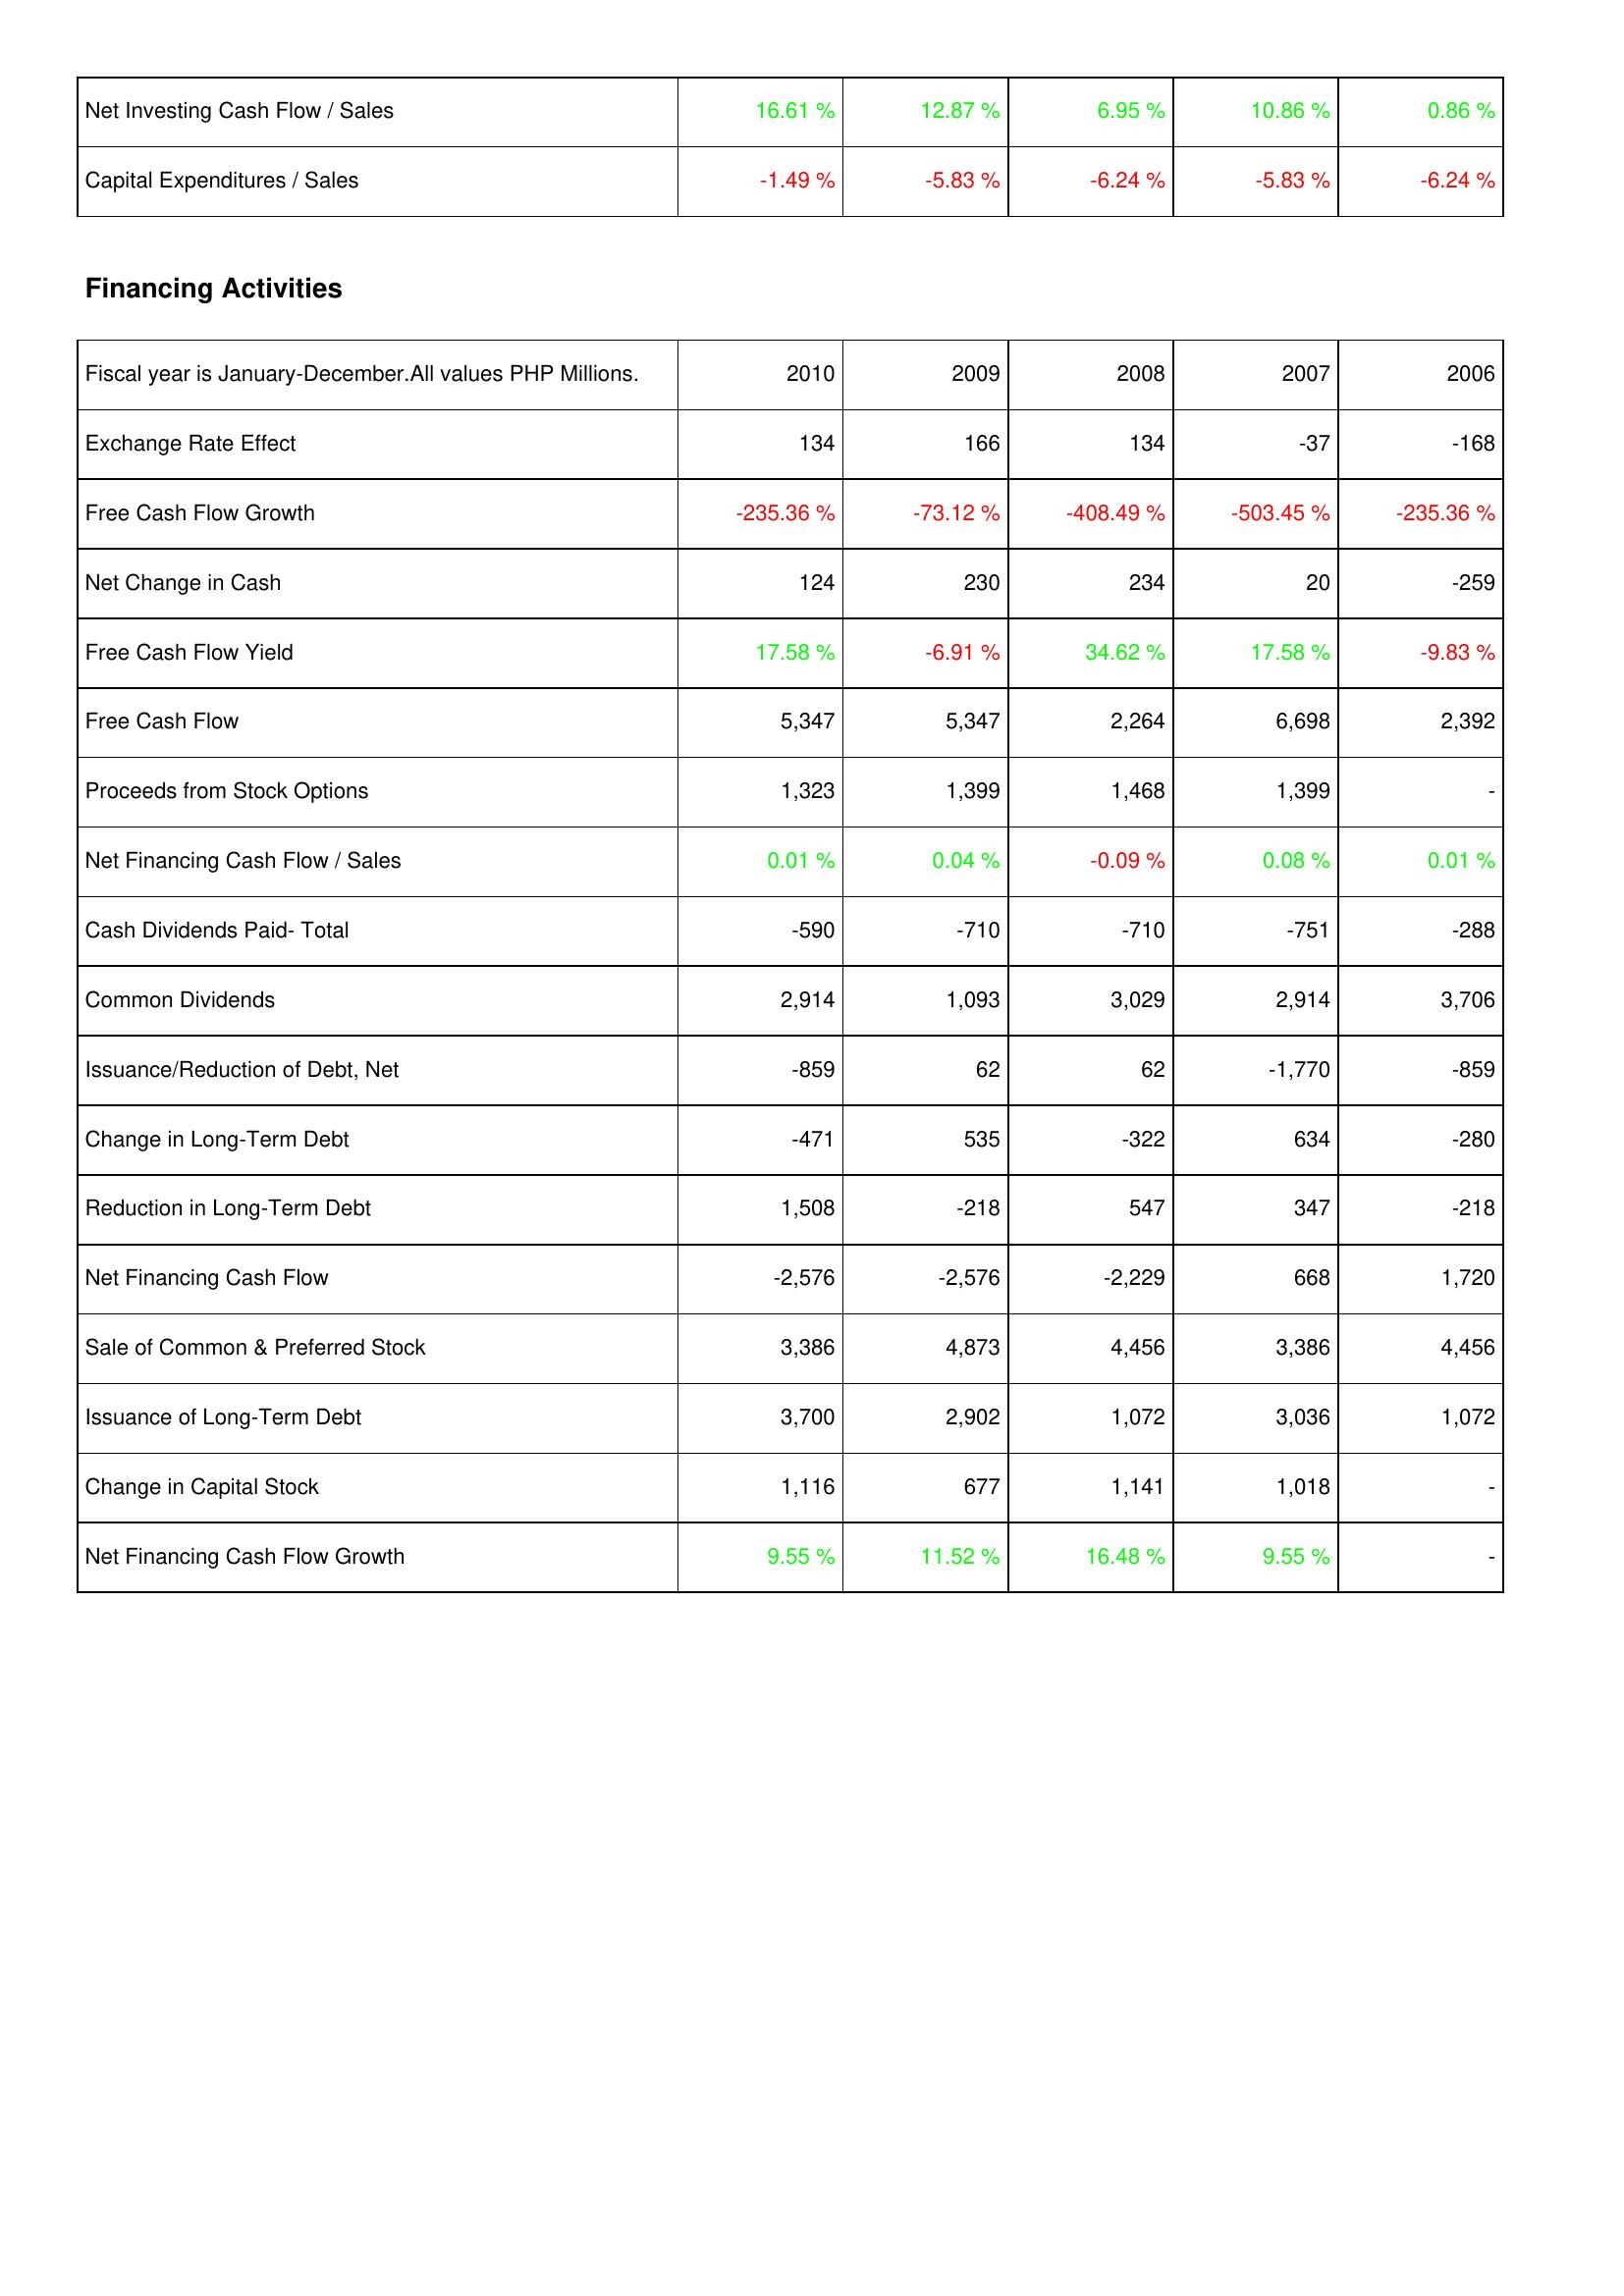
2010: Investing Activities: Net Investing Cash Flow / Sales: 16.61 %
Capital Expenditures / Sales: -1.49 %
Financing Activities: Exchange Rate Effect: 134
Free Cash Flow Growth: -235.36 %
Net Change in Cash: 124
Free Cash Flow Yield: 17.58 %
Free Cash Flow: 5,347
Proceeds from Stock Options: 1,323
Net Financing Cash Flow / Sales: 0.01 %
Cash Dividends Paid- Total: -590
Common Dividends: 2,914
Issuance/Reduction of Debt, Net: -859
Change in Long-Term Debt: -471
Reduction in Long-Term Debt: 1,508
Net Financing Cash Flow: -2,576
Sale of Common & Preferred Stock: 3,386
Issuance of Long-Term Debt: 3,700
Change in Capital Stock: 1,116
Net Financing Cash Flow Growth: 9.55 %
2009: Investing Activities: Net Investing Cash Flow / Sales: 12.87 %
Capital Expenditures / Sales: -5.83 %
Financing Activities: Exchange Rate Effect: 166
Free Cash Flow Growth: -73.12 %
Net Change in Cash: 230
Free Cash Flow Yield: -6.91 %
Free Cash Flow: 5,347
Proceeds from Stock Options: 1,399
Net Financing Cash Flow / Sales: 0.04 %
Cash Dividends Paid- Total: -710
Common Dividends: 1,093
Issuance/Reduction of Debt, Net: 62
Change in Long-Term Debt: 535
Reduction in Long-Term Debt: -218
Net Financing Cash Flow: -2,576
Sale of Common & Preferred Stock: 4,873
Issuance of Long-Term Debt: 2,902
Change in Capital Stock: 677
Net Financing Cash Flow Growth: 11.52 %
2008: Investing Activities: Net Investing Cash Flow / Sales: 6.95 %
Capital Expenditures / Sales: -6.24 %
Financing Activities: Exchange Rate Effect: 134
Free Cash Flow Growth: -408.49 %
Net Change in Cash: 234
Free Cash Flow Yield: 34.62 %
Free Cash Flow: 2,264
Proceeds from Stock Options: 1,468
Net Financing Cash Flow / Sales: -0.09 %
Cash Dividends Paid- Total: -710
Common Dividends: 3,029
Issuance/Reduction of Debt, Net: 62
Change in Long-Term Debt: -322
Reduction in Long-Term Debt: 547
Net Financing Cash Flow: -2,229
Sale of Common & Preferred Stock: 4,456
Issuance of Long-Term Debt: 1,072
Change in Capital Stock: 1,141
Net Financing Cash Flow Growth: 16.48 %
2007: Investing Activities: Net Investing Cash Flow / Sales: 10.86 %
Capital Expenditures / Sales: -5.83 %
Financing Activities: Exchange Rate Effect: -37
Free Cash Flow Growth: -503.45 %
Net Change in Cash: 20
Free Cash Flow Yield: 17.58 %
Free Cash Flow: 6,698
Proceeds from Stock Options: 1,399
Net Financing Cash Flow / Sales: 0.08 %
Cash Dividends Paid- Total: -751
Common Dividends: 2,914
Issuance/Reduction of Debt, Net: -1,770
Change in Long-Term Debt: 634
Reduction in Long-Term Debt: 347
Net Financing Cash Flow: 668
Sale of Common & Preferred Stock: 3,386
Issuance of Long-Term Debt: 3,036
Change in Capital Stock: 1,018
Net Financing Cash Flow Growth: 9.55 %
2006: Investing Activities: Net Investing Cash Flow / Sales: 0.86 %
Capital Expenditures / Sales: -6.24 %
Financing Activities: Exchange Rate Effect: -168
Free Cash Flow Growth: -235.36 %
Net Change in Cash: -259
Free Cash Flow Yield: -9.83 %
Free Cash Flow: 2,392
Proceeds from Stock Options: -
Net Financing Cash Flow / Sales: 0.01 %
Cash Dividends Paid- Total: -288
Common Dividends: 3,706
Issuance/Reduction of Debt, Net: -859
Change in Long-Term Debt: -280
Reduction in Long-Term Debt: -218
Net Financing Cash Flow: 1,720
Sale of Common & Preferred Stock: 4,456
Issuance of Long-Term Debt: 1,072
Change in Capital Stock: -
Net Financing Cash Flow Growth: -